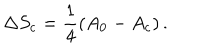
LaTeX: \Delta S _ { \mathrm { c } } = \frac { 1 } { 4 } \left( A _ { 0 } - A _ { \mathrm { c } } \right) .